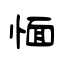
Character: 愐